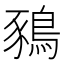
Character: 𪁥